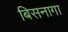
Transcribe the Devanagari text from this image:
बिसनागा